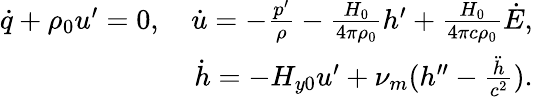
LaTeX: \begin{array}{r}{\dot{q}+\rho_{0}u^{\prime}=0,\quad\dot{u}=-\frac{p^{\prime}}{\rho}-\frac{H_{0}}{4\pi\rho_{0}}h^{\prime}+\frac{H_{0}}{4\pi c\rho_{0}}\dot{E},}\\ {\dot{h}=-H_{y0}u^{\prime}+\nu_{m}(h^{\prime\prime}-\frac{\ddot{h}}{c^{2}}).}\end{array}